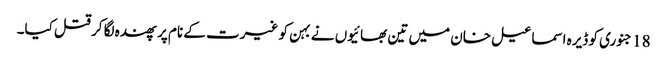
18 جنوری کو ڈیرہ اسماعیل خان میں تین بھائیوں نے بہن کو غیرت کے نام پر پھندہ لگا کر قتل کیا۔